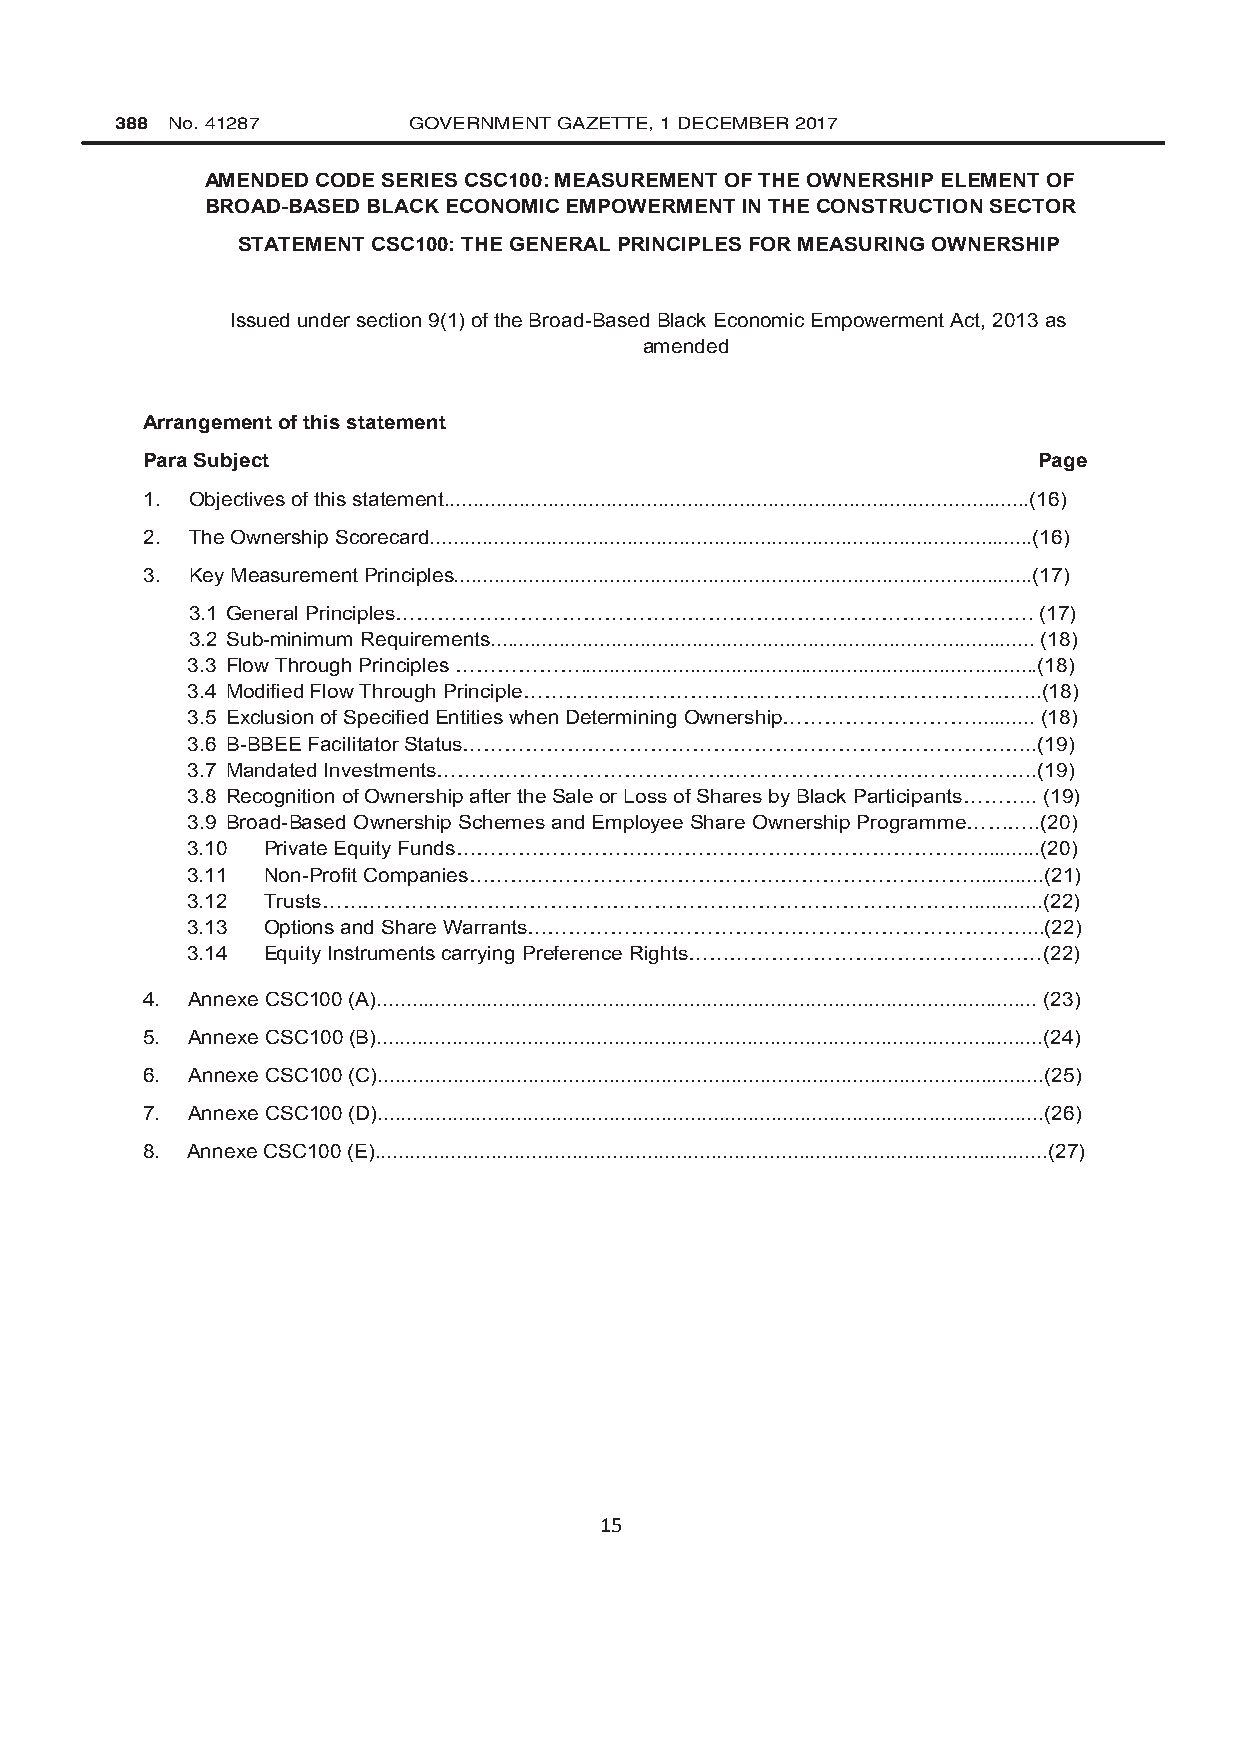
388 No. 41287      GOVERNMENT GAZETTE, 1 DECEMBER 2017
 AMENDED CODE SERIES CSC100: MEASUREMENT OF THE OWNERSHIP ELEMENT OF
 BROAD-BASED BLACK ECONOMIC EMPOWERMENT IN THE CONSTRUCTION SECTOR
 STATEMENT CSC100: THE GENERAL PRINCIPLES FOR MEASURING OWNERSHIP
 Issued under section 9(1) of the Broad-Based Black Economic Empowerment Act, 2013 as
 amended
 Arrangement of this statement
 Para Subject                                                Page
 1. Objectives of this statement.....................................................................................................(16)
 2. The Ownership Scorecard........................................................................................................(16)
 3. Key Measurement Principles....................................................................................................(17)
 3.1 General Principles………………………………………….…………………………………….   (17)
 3.2 Sub-minimum Requirements.............................................................................................. (18)
 3.3 Flow Through Principles ………………...............................................................................(18)
 3.4 Modified Flow Through Principle………………………………………………………………...(18)
 3.5 Exclusion of Specified Entities when Determining Ownership………………………........... (18)
 3.6 B-BBEE Facilitator Status………………………………………………………………………..(19)
 3.7 Mandated Investments…………………………………………………………………..……….(19)
 3.8 Recognition of Ownership after the Sale or Loss of Shares by Black Participants……….. (19)
 3.9 Broad-Based Ownership Schemes and Employee Share Ownership Programme………..(20)
 3.10 Private Equity Funds…………………………………………………………………...........(20)
 3.11 Non-Profit Companies……………………………………………………………….............(21)
 3.12 Trusts………………………………………………………………………………….............(22)
 3.13 Options and Share Warrants………………………………………………………………...(22)
 3.14 Equity Instruments carrying Preference Rights……………………………………………(22)
 4. Annexe CSC100 (A).................................................................................................................. (23)
 5. Annexe CSC100 (B)...................................................................................................................(24)
 6. Annexe CSC100 (C)...................................................................................................................(25)
 7. Annexe CSC100 (D)...................................................................................................................(26)
 8. Annexe CSC100 (E)....................................................................................................................(27)
 15